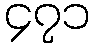
၄၇၁